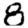
Digit: 8